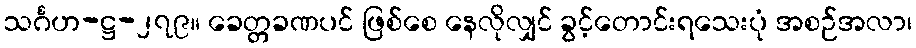
သင်္ဂဟ-ဋ္ဌ-၂၇၉။ ခေတ္တခဏပင် ဖြစ်စေ နေလိုလျှင် ခွင့်တောင်းရသေးပုံ အစဉ်အလာ၊